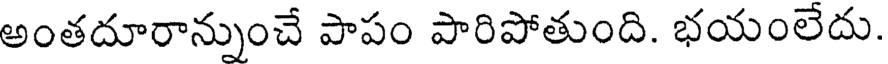
అంతదూరాన్నుంచే పాపం పారిపోతుంది. భయంలేదు.